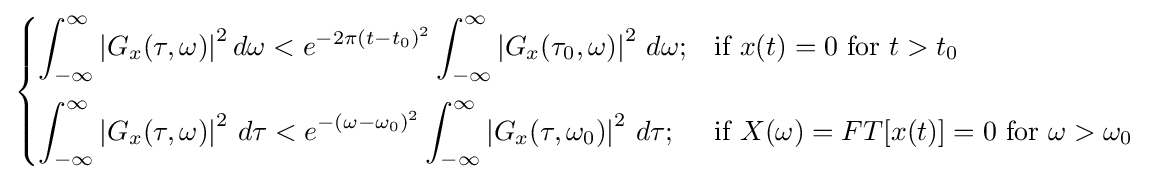
{\begin{cases}\displaystyle \int _{-\infty }^{\infty }\left|G_{x}(\tau ,\omega )\right|^{2}d\omega <e^{-2\pi (t-t_{0})^{2}}\int _{-\infty }^{\infty }\left|G_{x}(\tau _{0},\omega )\right|^{2}\,d\omega ;&{\text{if }}x(t)=0{\text{ for }}t>t_{0}\\[12pt]\displaystyle \int _{-\infty }^{\infty }\left|G_{x}(\tau ,\omega )\right|^{2}\,d\tau <e^{-(\omega -\omega _{0})^{2}}\int _{-\infty }^{\infty }\left|G_{x}(\tau ,\omega _{0})\right|^{2}\,d\tau ;&{\text{if }}X(\omega )=FT[x(t)]=0{\text{ for }}\omega >\omega _{0}\end{cases}}